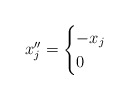
\begin{align*}x''_j = \begin{cases}-x_j & \\0 & \end{cases}\end{align*}